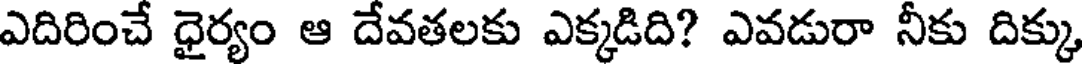
ఎదిరించే ధైర్యం ఆ దేవతలకు ఎక్కడిది? ఎవడురా నీకు దిక్కు